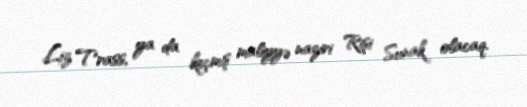
Liz Trass, ya da keçmiş maliyyə naziri Rişi Sunak olacaq.